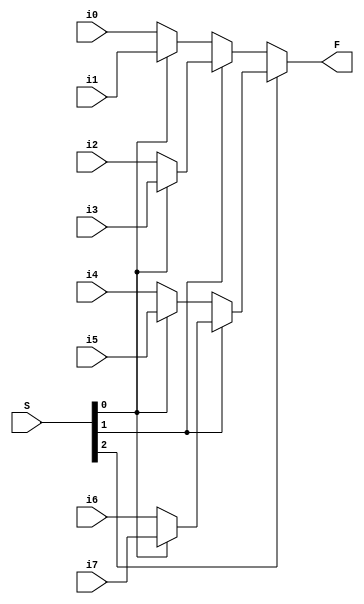
module mux_8to1_64(F, S, i0, i1, i2, i3, i4, i5, i6, i7);
	input [63:0] i0, i1, i2, i3, i4, i5, i6, i7;
	input [2:0] S;
	output [63:0] F;
	
	assign F = S[2] ? (S[1] ? (S[0] ? i7 : i6) : (S[0] ? i5 : i4))
						 : (S[1] ? (S[0] ? i3 : i2) : (S[0] ? i1 : i0));
endmodule